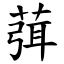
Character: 葞